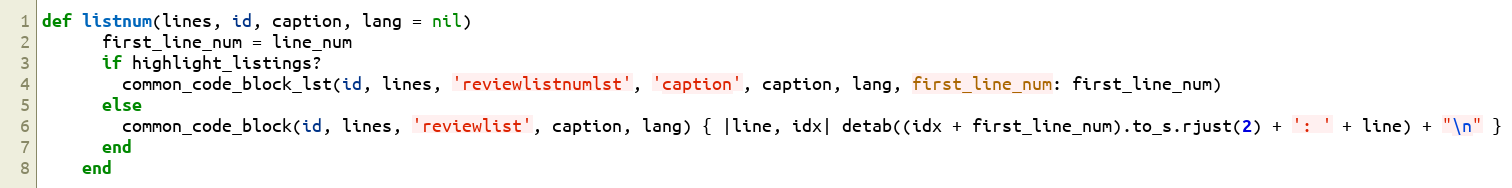
Language: Ruby
def listnum(lines, id, caption, lang = nil)
      first_line_num = line_num
      if highlight_listings?
        common_code_block_lst(id, lines, 'reviewlistnumlst', 'caption', caption, lang, first_line_num: first_line_num)
      else
        common_code_block(id, lines, 'reviewlist', caption, lang) { |line, idx| detab((idx + first_line_num).to_s.rjust(2) + ': ' + line) + "\n" }
      end
    end